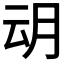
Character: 𭨨